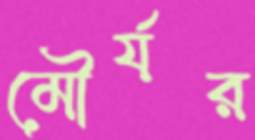
মৌর্যর